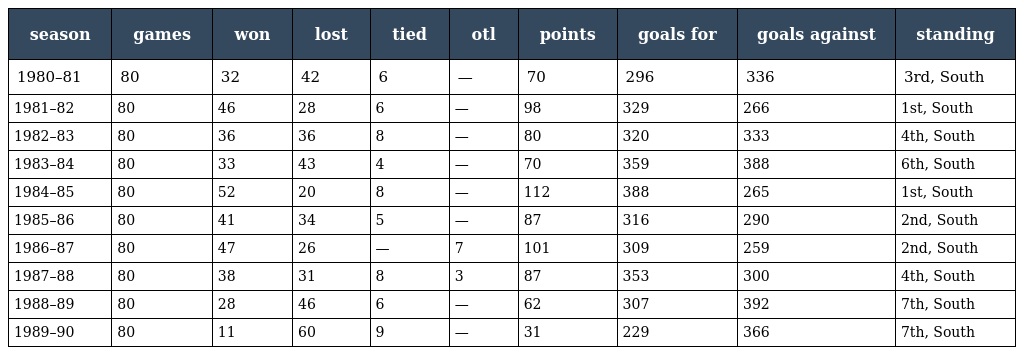
| season | games | won | lost | tied | otl | points | goals for | goals against | standing |
 | --- | --- | --- | --- | --- | --- | --- | --- | --- | --- |
 | 1980–81 | 80 | 32 | 42 | 6 | — | 70 | 296 | 336 | 3rd, South |
 | 1981–82 | 80 | 46 | 28 | 6 | — | 98 | 329 | 266 | 1st, South |
 | 1982–83 | 80 | 36 | 36 | 8 | — | 80 | 320 | 333 | 4th, South |
 | 1983–84 | 80 | 33 | 43 | 4 | — | 70 | 359 | 388 | 6th, South |
 | 1984–85 | 80 | 52 | 20 | 8 | — | 112 | 388 | 265 | 1st, South |
 | 1985–86 | 80 | 41 | 34 | 5 | — | 87 | 316 | 290 | 2nd, South |
 | 1986–87 | 80 | 47 | 26 | — | 7 | 101 | 309 | 259 | 2nd, South |
 | 1987–88 | 80 | 38 | 31 | 8 | 3 | 87 | 353 | 300 | 4th, South |
 | 1988–89 | 80 | 28 | 46 | 6 | — | 62 | 307 | 392 | 7th, South |
 | 1989–90 | 80 | 11 | 60 | 9 | — | 31 | 229 | 366 | 7th, South |